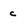
Character: c